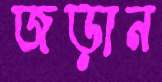
জড়ান